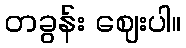
တခွန်း ဈေးပါ။